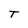
Character: T